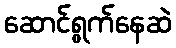
ဆောင်ရွက်နေဆဲ